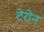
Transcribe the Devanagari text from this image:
टेरोन